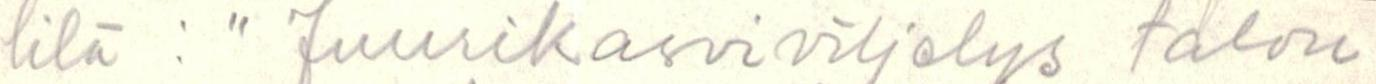
lilä : "Juurikasviviljelys talou